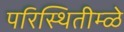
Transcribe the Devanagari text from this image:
परिस्थितीम्ळे